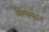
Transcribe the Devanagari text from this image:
थिरक्कल